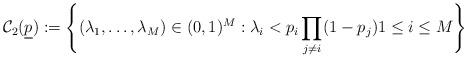
LaTeX: \begin{align*}{\cal C}_2(\underline{p}) := \left\{(\lambda_1,\ldots,\lambda_M) \in (0,1)^{M} : \lambda_i < p_i \prod_{j \neq i}(1-p_j) 1 \leq i \leq M\right\}\end{align*}